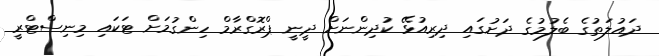
ދައުލަތުގެ ބެލުމުގެ ދަށުގައި ދިރިއުޅޭ ކުދިންނަށް ދީނީ ޕްރޮގްރާމް ހިންގުމަށް ޓަކައި މިނިސްޓްރީ